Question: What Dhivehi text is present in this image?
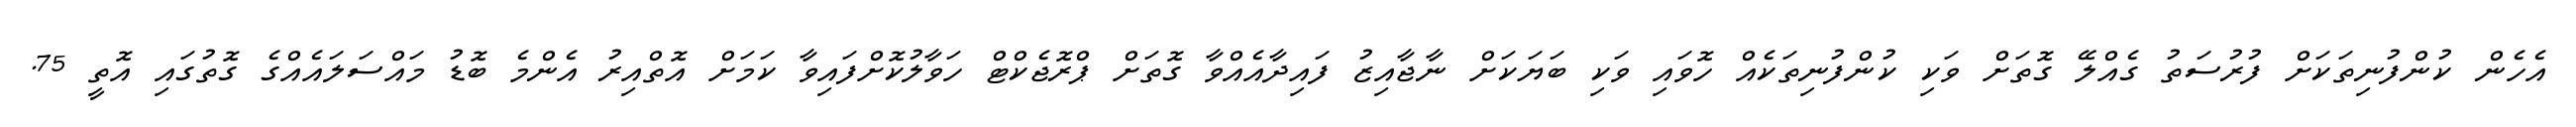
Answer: އެހެން ކުންފުނިތަކަށް ފުރުސަތު ގެއްލޭ ގޮތަށް ވަކި ކުންފުނިތަކެއް ހޮވައި ވަކި ބަޔަކަށް ނާޖާއިޒު ފައިދާއެއްވާ ގޮތަށް ޕްރޮޖެކްޓް ހަވާލުކޮށްފައިވާ ކަމަށް އޮތްއިރު އެންމެ ބޮޑު މައްސަލައެއްގެ ގޮތުގައި އޮތީ 75.